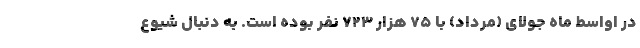
در اواسط ماه جولای (مرداد) با ۷۵ هزار ۷۲۳ نفر بوده است. به دنبال شیوع